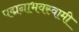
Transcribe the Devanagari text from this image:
पद्मनाभवस्वामी